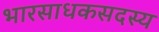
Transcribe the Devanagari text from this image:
भारसाधकसदस्य